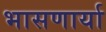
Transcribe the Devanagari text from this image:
भासणार्या